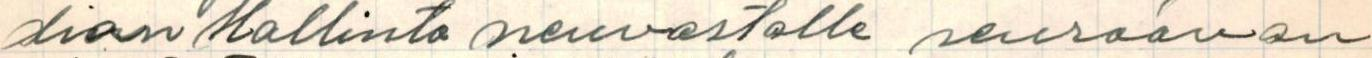
dion Hallinto neuvostolle seuraavan